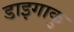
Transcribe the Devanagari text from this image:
डाइगाकु